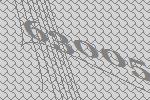
63005